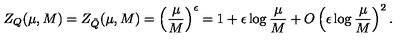
Z _ { Q } ( \mu , M ) = Z _ { \tilde { Q } } ( \mu , M ) = \left( \frac { \mu } { M } \right) ^ { \epsilon } = 1 + \epsilon \log \frac { \mu } { M } + O \left( \epsilon \log \frac { \mu } { M } \right) ^ { 2 } .